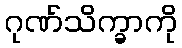
ဂုဏ်သိက္ခာကို